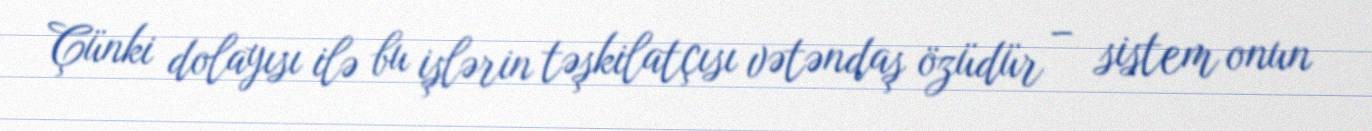
Çünki dolayısı ilə bu işlərin təşkilatçısı vətəndaş özüdür – sistem onun